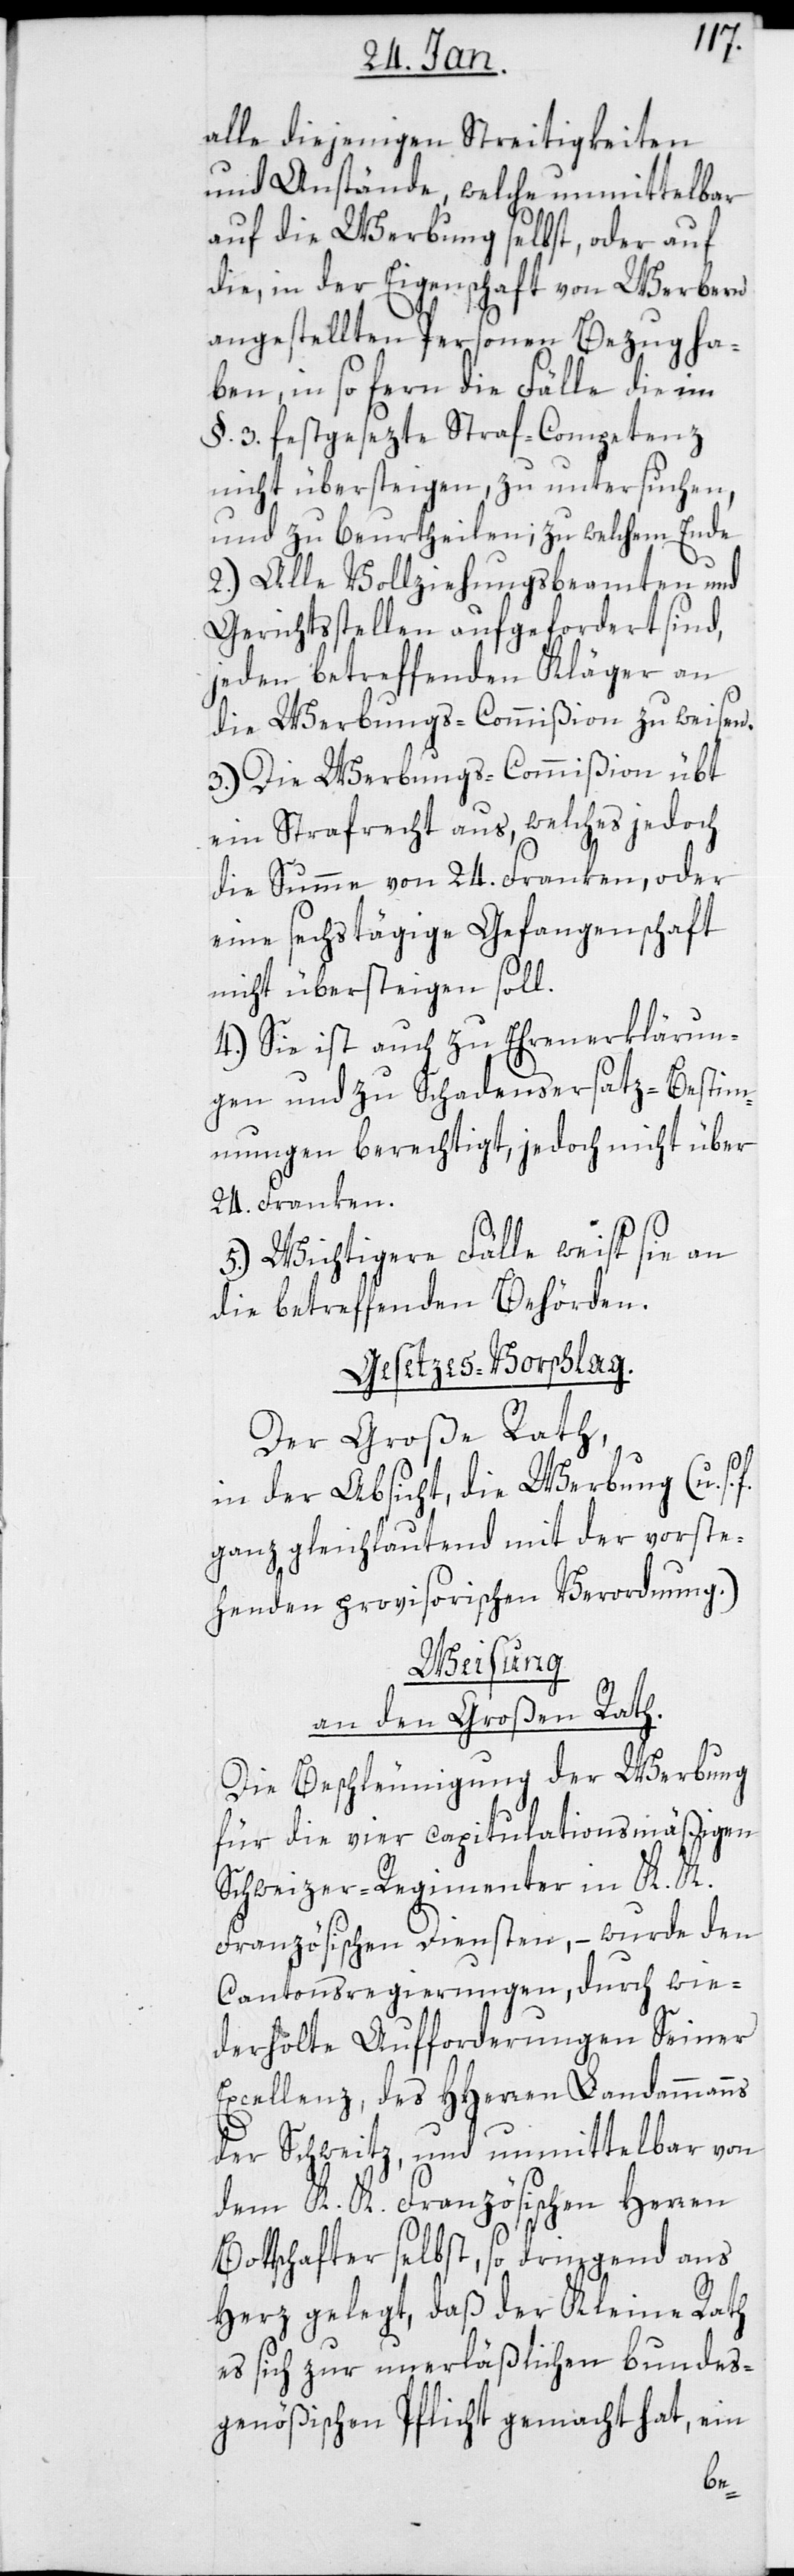
alle diejenigen Streitigkeiten
und Anstände, welche unmittelbar
auf die Werbung selbst, oder auf
die, in der Eigenschaft von Werbern
angestellten Personen Bezug ha¬
ben, in so fern die Fälle die im
§. 3. festgesetzte Straf-Competenz
nicht übersteigen, zu untersuchen
und zu beurteilen, zu welchem Ende
2.) Alle Vollziehungsbeamten und
Gerichtsstellen aufgefordert sind,
jeden betreffenden Kläger an
die Werbungs-Commißion zu weisen.
3.) Die Werbungs-Commißion übt
ein Strafrecht aus, welches jedoch
die Summe von 24. Franken, oder
eine sechstägige Gefangenschaft
nicht übersteigen soll.
4.) Sie ist auch zu Ehrenerklärun¬
gen und zu Schadensersatz-Bestim¬
mungen berechtigt, jedoch nicht über
24. Franken.
5. Wichtigere Fälle weist sie an
die betreffenden Behörden.
Gesetzes-Vorschlag.
Der Große Rath,
in der Absicht, die Werbung (u. s.
ganz gleichlautend mit der vorste¬
henden provisorischen Verordnung).
Weisung
an den Großen Rath.
Die Beschleunigung der Werbung
für die vier capitulationsmäßigen
Schweitzer-Regimenter in k.k.
französischen Diensten, – wurde den
Cantonsregierungen, durch wie¬
derholte Aufforderungen Seiner
Excellenz, des HHerren Landammanns
der Schweitz, und unmittelbar von
dem K. K. Französischen Herren
Botschafter selbst, so dringend ans
Herz gelegt, daß der Kleine Rath
es sich zur unerläßlichen bundes¬
genößischen Pflicht gemacht hat, ein